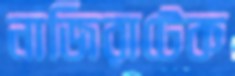
নাজিরাটেক